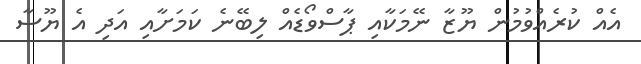
އެއް ކުރެއްވުމުން ޔޫޒާ ނޭމަކާއި ޕާސްވޯޑެއް ލިބޭނެ ކަަމަށާއި އަދި އެ ޔޫސާ